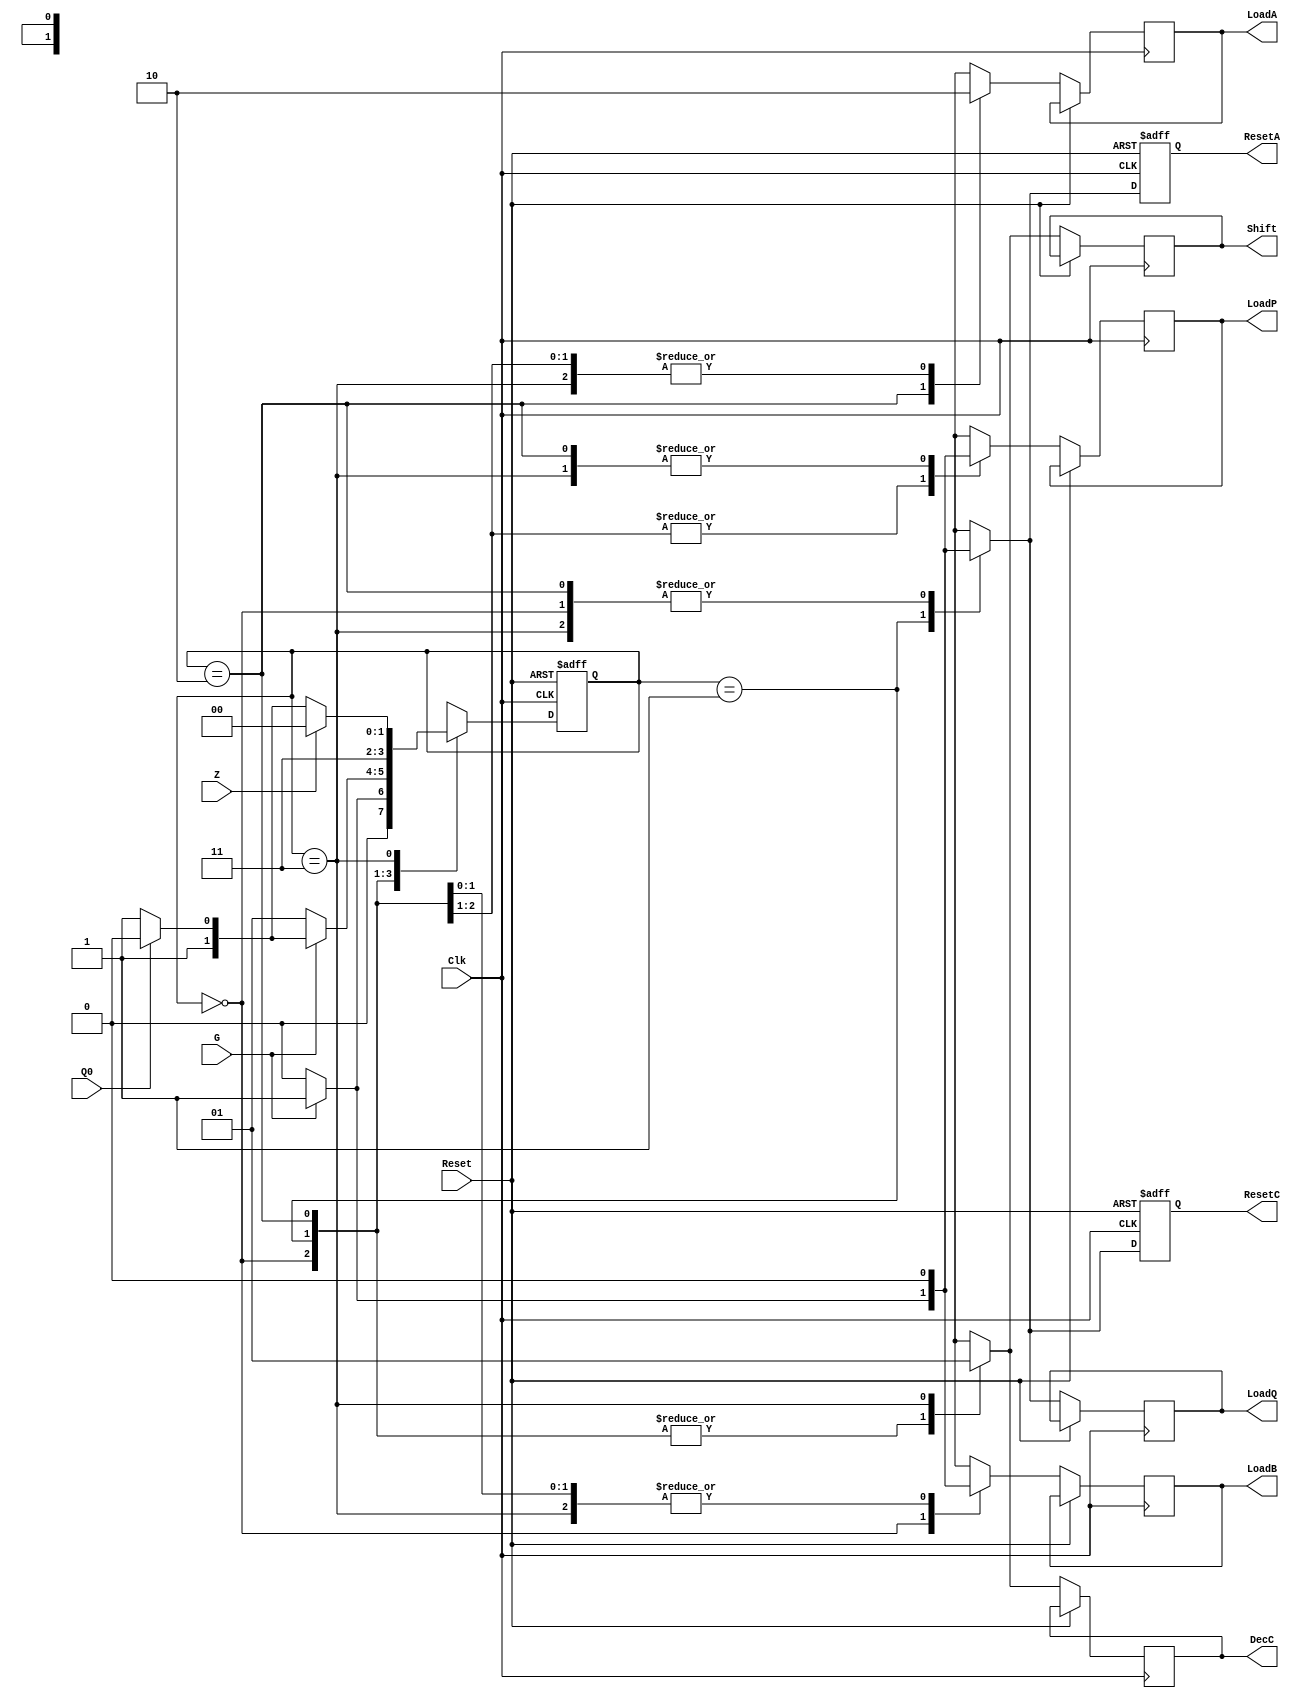
`timescale 1ns / 1ps
//////////////////////////////////////////////////////////////////////////////////
module ControlUnit(
    input Z,
    input G,
    input Q0,
	 input Clk,
	 input Reset,
    output reg LoadA,
    output reg LoadQ,
    output reg LoadB,
    output reg LoadP,
    output reg ResetA,
	 output reg ResetC,
	 output reg DecC,
	 output reg Shift
    );
	 
	 reg [1:0] status;
	 /*always@(Reset)
	 begin
		status <= 1'b0;
		ResetA <= 1'b1;
		ResetC <= 1'b1;
	 end*/
	 
	 always@(posedge Clk,posedge Reset)
	 begin
		if(Reset)
		begin
		status <= 1'b0;
		ResetA <= 1'b1;
		ResetC <= 1'b1;
		end
		else case(status)
		0:
			begin
			if(G)
				begin
					LoadB <= 1;
					LoadP <= 1;
					DecC <= 0;
					ResetC <= 0;
					ResetA <= 0;
					LoadA <= 0;
					LoadQ <= 0;
					status <= 1;
					Shift <= 0;
				end
			else
				begin
					status <=0;
					LoadA <=0;
					LoadQ <=0;
					LoadB <=0;
					LoadP <=0;
					ResetA <=0;
					ResetC <=0;
					DecC <=0;
					Shift <=0;
				end
			end
		1:
			begin
			if(G)
				begin
					LoadQ <= 1;
					LoadA <= 0;
					LoadB <= 0;
					LoadP <= 1;
					ResetA <= 1;
					ResetC <= 1;
					Shift <= 0;
					DecC <= 0;
					if(Q0) status <= 2;
					else status <= 3;
				end
			else
				begin
					status <=1;
					LoadA <=0;
					LoadQ <=0;
					LoadB <=0;
					LoadP <=0;
					ResetA <=0;
					ResetC <=0;
					DecC <=0;
					Shift <=0;
				end
			end
		2:
			begin
				LoadB <= 0;
				LoadP <= 0;
				DecC <= 0;
				ResetC <= 0;
				ResetA <= 0;
				LoadA <= 1;
				LoadQ <= 0;
				Shift <= 0;
				status <= 3;
			end
		3:
			begin
				LoadB <= 0;
				LoadP <= 0;
				DecC <= 1;
				ResetC <= 0;
				ResetA <= 0;
				LoadA <= 0;
				LoadQ <= 0;
				Shift <= 1;
				if(Z) status <= 0;
				else
					if(Q0) status <= 2;
					else status <= 3;
			end
		endcase
	 end


endmodule